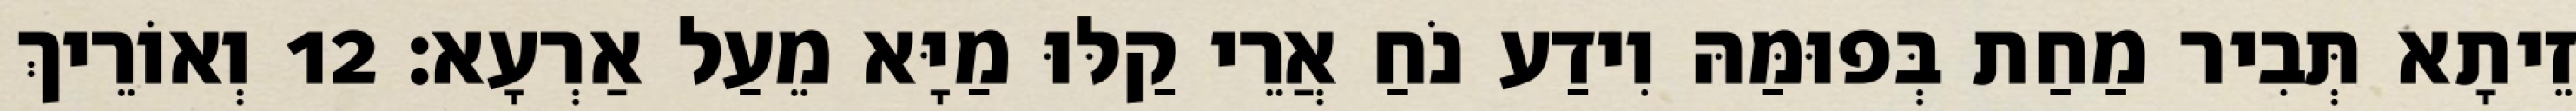
זֵיתָא תְּבִיר מַחַת בְּפוּמַּהּ וִידַע נֹחַ אֲרֵי קַלּוּ מַיָּא מֵעַל אַרְעָא׃ 12 וְאוֹרֵיךְ